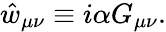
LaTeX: \hat{w}_{\mu\nu}\equiv i\alpha G_{\mu\nu}.